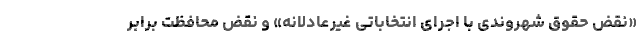
«نقض حقوق شهروندی با اجرای انتخاباتی غیرعادلانه» و نقض محافظت برابر